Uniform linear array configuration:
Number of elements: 64
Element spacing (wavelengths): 1
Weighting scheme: uniform
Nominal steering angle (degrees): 60
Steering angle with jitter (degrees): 60.126
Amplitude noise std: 0.05
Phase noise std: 0.05

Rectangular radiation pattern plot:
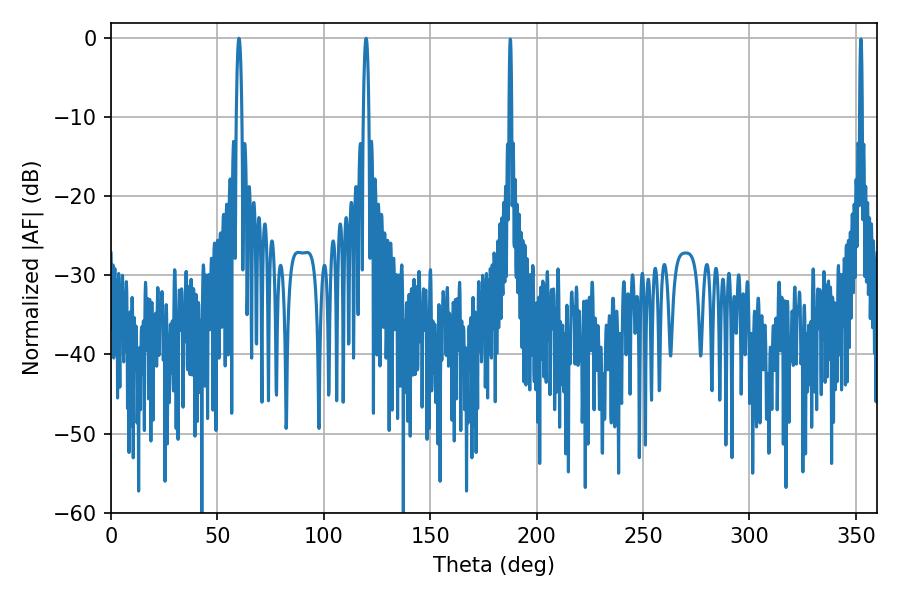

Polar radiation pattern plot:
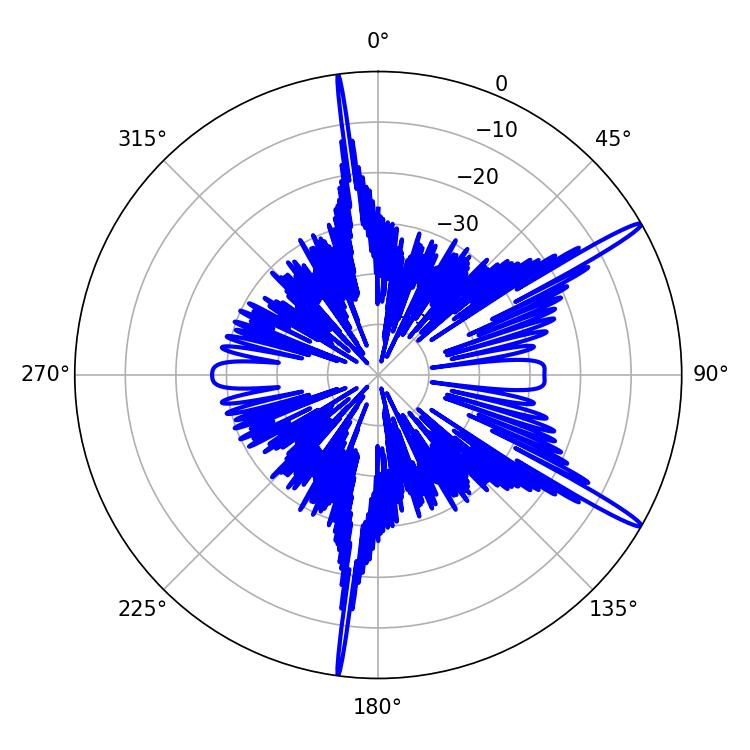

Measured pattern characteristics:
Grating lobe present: TRUE
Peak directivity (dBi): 16.054
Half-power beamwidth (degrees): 1.44
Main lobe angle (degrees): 119.88